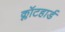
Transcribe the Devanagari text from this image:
क्लॉटहार्ड